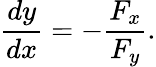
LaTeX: {\frac{dy}{dx}}=-{\frac{F_{x}}{F_{y}}}.